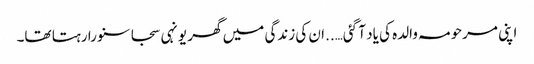
اپنی مرحومہ والدہ کی یاد آ گئی…..ان کی زندگی میں گھر یونہی سجا سنورا رہتا تھا۔